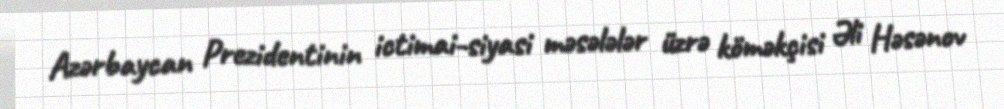
Azərbaycan Prezidentinin ictimai-siyasi məsələlər üzrə köməkçisi Əli Həsənov